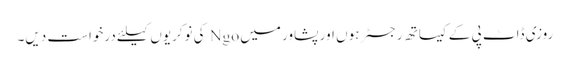
روزی ڈاٹ پی کے کیساتھ رجسٹر ہوں اور پشاور میں Ngo کی نوکریوں کیلئے درخواست دیں۔